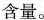
含量。